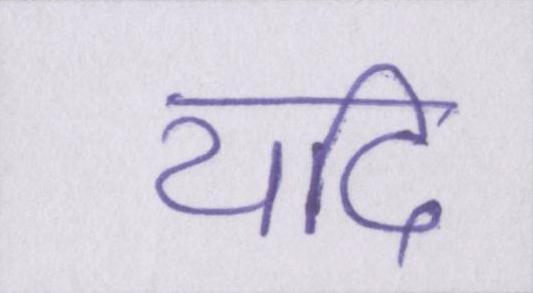
यदि